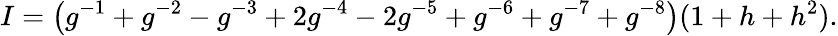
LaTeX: I=\left(g^{-1}+g^{-2}-g^{-3}+2g^{-4}-2g^{-5}+g^{-6}+g^{-7}+g^{-8}\right)(1+h+h^{2}).